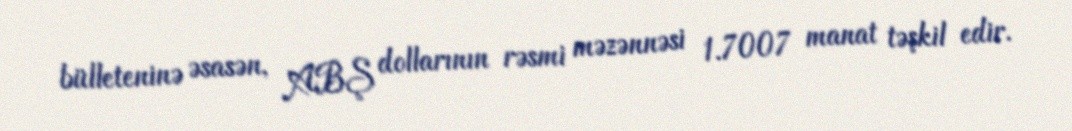
bülleteninə əsasən, ABŞ dollarının rəsmi məzənnəsi 1.7007 manat təşkil edir.